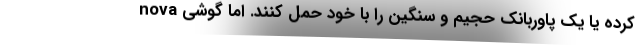
کرده یا یک پاوربانک حجیم و سنگین را با خود حمل کنند. اما گوشی nova